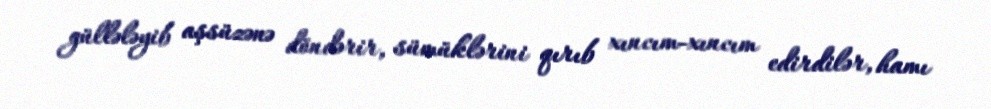
güllələyib aşsüzənə döndərir, sümüklərini qırıb xıncım-xıncım edirdilər, hamı